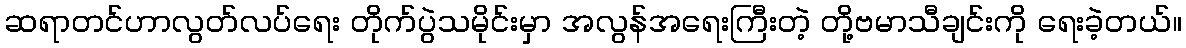
ဆရာတင်ဟာလွတ်လပ်ရေး တိုက်ပွဲသမိုင်းမှာ အလွန်အရေးကြီးတဲ့ တို့ဗမာသီချင်းကို ရေးခဲ့တယ်။